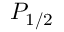
P _ { 1 / 2 }